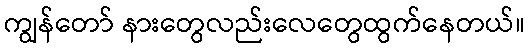
ကျွန်တော် နားတွေလည်းလေတွေထွက်နေတယ်။